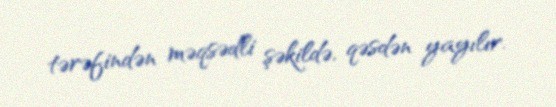
tərəfindən məqsədli şəkildə, qəsdən yayılır.